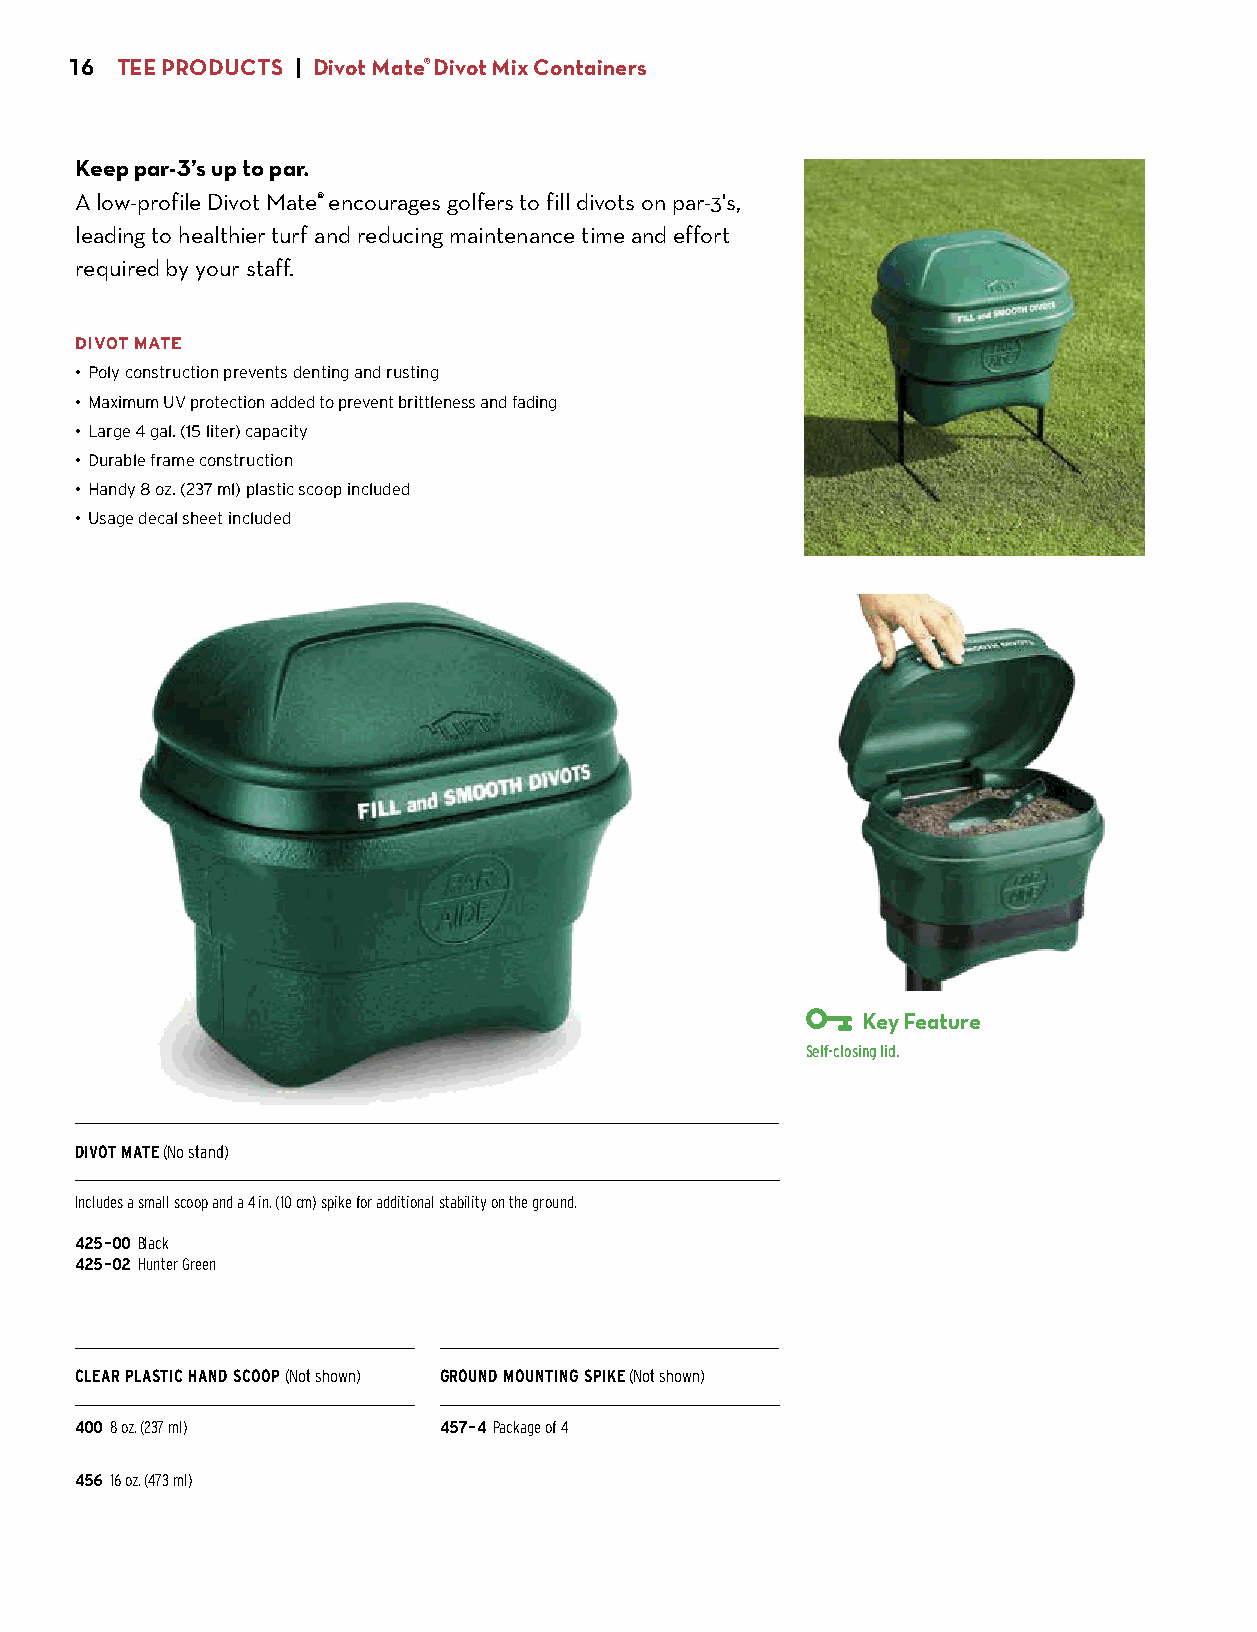
16 TEE PRODUCTS | Divot Mate® Divot Mix Containers
 Keep par-3’s up to par.
 A low-profile Divot Mate® encourages golfers to fill divots on par-3's,
 leading to healthier turf and reducing maintenance time and effort
 required by your staff.
 DIVOT MATE
 • Poly construction prevents denting and rusting
 • Maximum UV protection added to prevent brittleness and fading
 • Large 4 gal. (15 liter) capacity
 • Durable frame construction
 • Handy 8 oz. (237 ml) plastic scoop included
 • Usage decal sheet included
 Key Feature
 Self-closing lid.
 DIVOT MATE (No stand)
 Includes a small scoop and a 4 in. (10 cm) spike for additional stability on the ground.
 425-00 Black
 425-02 Hunter Green
 $66.00
 CLEAR PLASTIC HAND SCOOP (Not shown) GROUND MOUNTING SPIKE (Not shown)
 400 8 oz. (237 ml)      457-4 Package of 4
 $5.25                   $8.75
 456 16 oz. (473 ml)
 $6.75